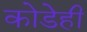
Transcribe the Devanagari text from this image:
कोडेही